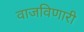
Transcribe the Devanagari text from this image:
वाजविणारी